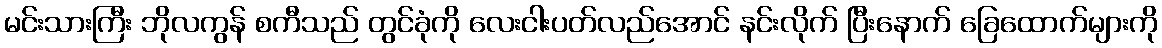
မင်းသားကြီး ဘိုလကွန် စကီသည် တွင်ခုံကို လေးငါးပတ်လည်အောင် နင်းလိုက် ပြီးနောက် ခြေထောက်များကို